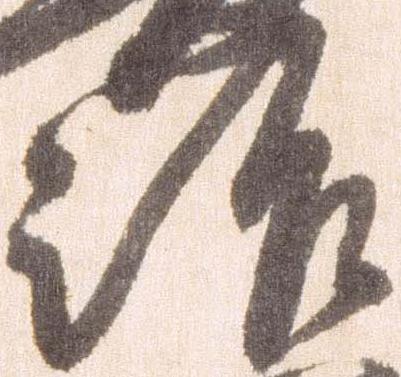
治